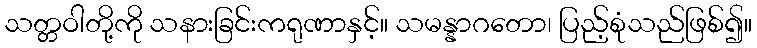
သတ္တဝါတို့ကို သနားခြင်းကရုဏာနှင့်။ သမန္နာဂတော၊ ပြည့်စုံသည်ဖြစ်၍။